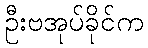
ဦးဗအုပ်ခိုင်က